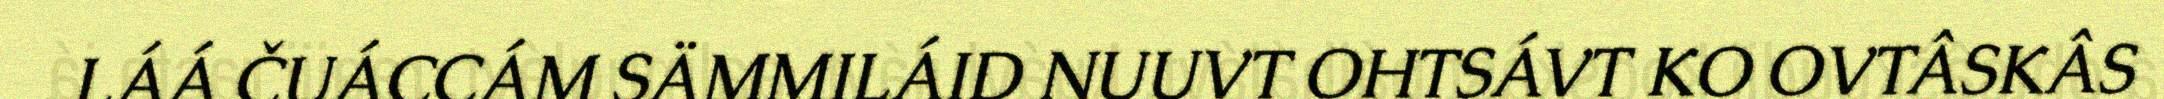
LÁÁ ČUÁCCÁM SÄMMILÁID NUUVT OHTSÁVT KO OVTÂSKÂS